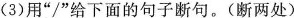
(3)用”/”给下面的句子断句。(断两处)